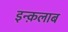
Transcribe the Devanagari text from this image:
इन्क़लाब